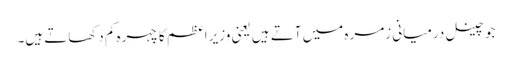
جو چینل درمیانی زمرہ میں آتے ہیں یعنی وزیر اعظم کا چہرہ کم دکھاتے ہیں۔